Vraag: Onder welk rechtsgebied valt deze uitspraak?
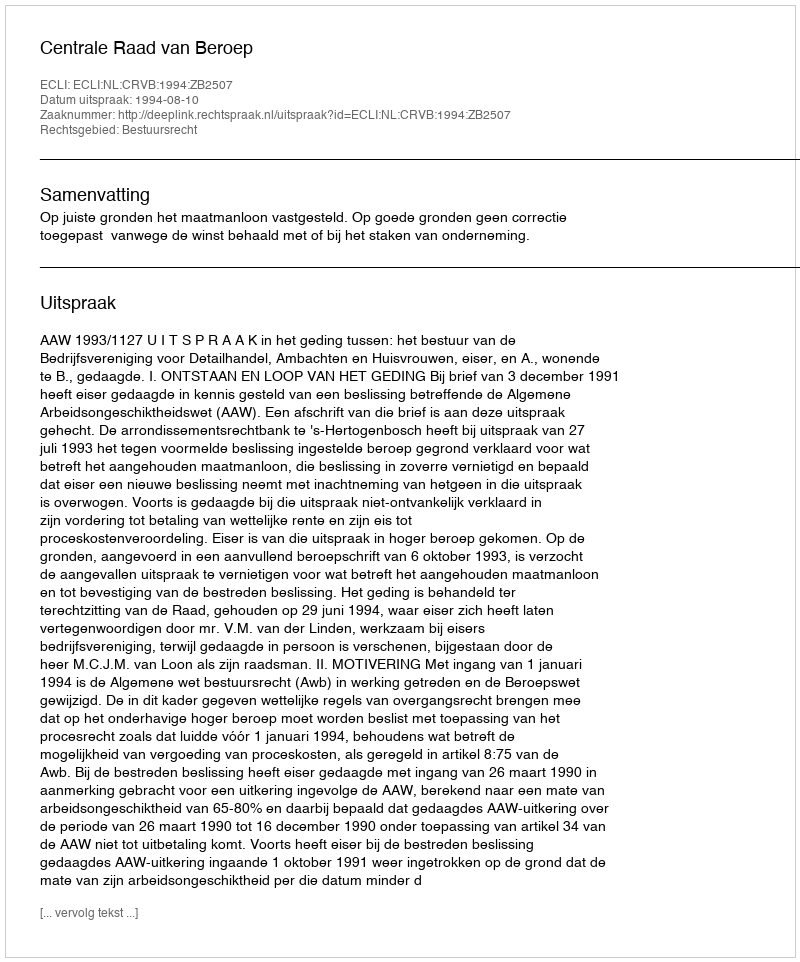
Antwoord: Bestuursrecht